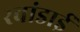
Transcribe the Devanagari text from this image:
रवांडाई